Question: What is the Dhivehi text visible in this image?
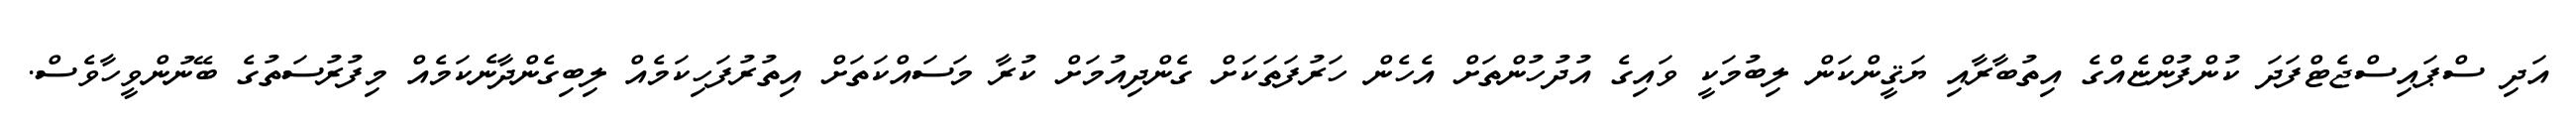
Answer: އަދި ސްޕައިސްޖެޓްފަދަ ކުންފުންޏެއްގެ އިތުބާރާއި ޔަޤީންކަން ލިބުމަކީ ވައިގެ އުދުހުންތަށް އެހެން ހަރުފަތަކަށް ގެންދިއުމަށް ކުރާ މަސައްކަތަށް އިތުރުފަހިކަމެއް ލިބިގެންދާނެކަމެއް މިފުރުސަތުގެ ބޭނުންވީހާވެސް.